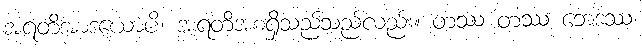
အရတိအာဒယောပိ၊ အရတိအစရှိသည်သည်လည်း။ တဿ တဿ ဘေဒဿ၊